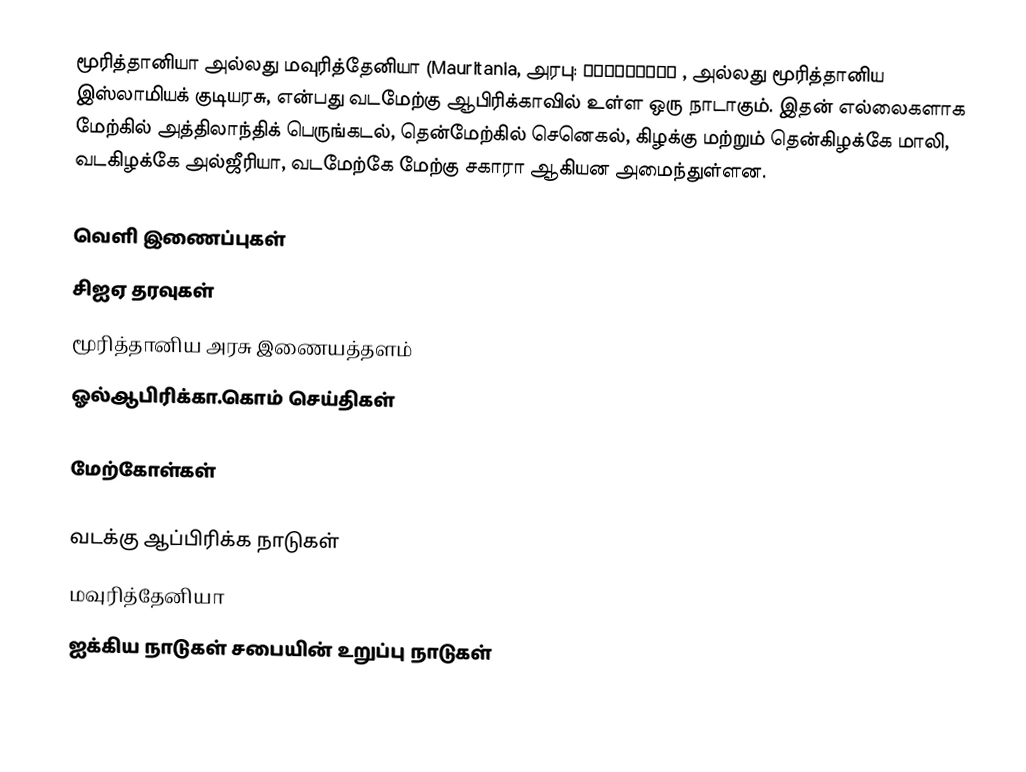
மூரித்தானியா அல்லது மவுரித்தேனியா (Mauritania, அரபு: موريتانيا , அல்லது மூரித்தானிய இஸ்லாமியக் குடியரசு, என்பது வடமேற்கு ஆபிரிக்காவில் உள்ள ஒரு நாடாகும். இதன் எல்லைகளாக மேற்கில் அத்திலாந்திக் பெருங்கடல், தென்மேற்கில் செனெகல், கிழக்கு மற்றும் தென்கிழக்கே மாலி, வடகிழக்கே அல்ஜீரியா, வடமேற்கே மேற்கு சகாரா ஆகியன அமைந்துள்ளன.

வெளி இணைப்புகள்
 சிஐஏ தரவுகள்
 மூரித்தானிய அரசு இணையத்தளம்
 ஓல்ஆபிரிக்கா.கொம் செய்திகள்

மேற்கோள்கள்

வடக்கு ஆப்பிரிக்க நாடுகள்
மவுரித்தேனியா
ஐக்கிய நாடுகள் சபையின் உறுப்பு நாடுகள்